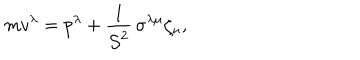
LaTeX: m v ^ { \lambda } = p ^ { \lambda } + \frac { 1 } { { \cal S } ^ { 2 } } \, \sigma ^ { \lambda \mu } \zeta _ { \mu } ,